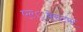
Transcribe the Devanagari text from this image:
एल्‍्बेस्टस